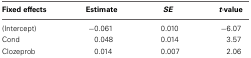
<table><thead><tr><td><b>Fixed effects</b></td><td><b>Estimate</b></td><td><b><i>SE</i></b></td><td><b><i>t</i>-value</b></td></tr></thead><tbody><tr><td>(Intercept)</td><td>−0.061</td><td>0.010</td><td>−6.07</td></tr><tr><td>Cond</td><td>0.048</td><td>0.014</td><td>3.57</td></tr><tr><td>Clozeprob</td><td>0.014</td><td>0.007</td><td>2.06</td></tr></tbody></table>